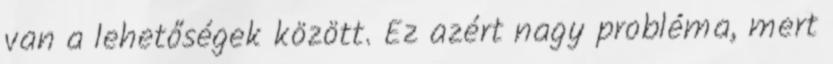
van a lehetőségek között. Ez azért nagy probléma, mert